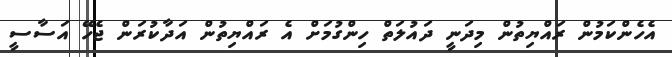
އެހެންކަމުން ރައްޔިތުން މިދަނީ ދައުލަތް ހިންގުމަށް އެ ރައްޔިތުން އަދާކުރަން ޖެހޭ އަސާސީ